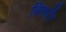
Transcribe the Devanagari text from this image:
बिफाॅर